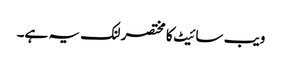
ویب سائیٹ کا مختصر لنک یہ ہے۔